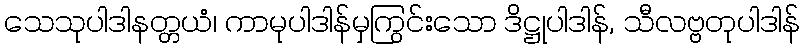
သေသုပါဒါနတ္တယံ၊ ကာမုပါဒါန်မှကြွင်းသော ဒိဋ္ဌုပါဒါန်, သီလဗ္ဗတုပါဒါန်